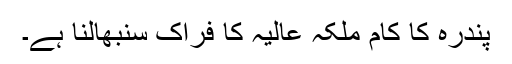
پندرہ کا کام ملکہ عالیہ کا فراک سنبھالنا ہے۔